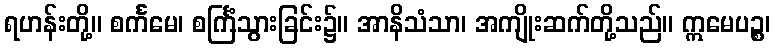
ရဟန်းတို့။ စင်္ကမေ၊ စင်္ကြံသွားခြင်း၌။ အာနိသံသာ၊ အကျိုးဆက်တို့သည်။ ဣမေပဉ္စ၊